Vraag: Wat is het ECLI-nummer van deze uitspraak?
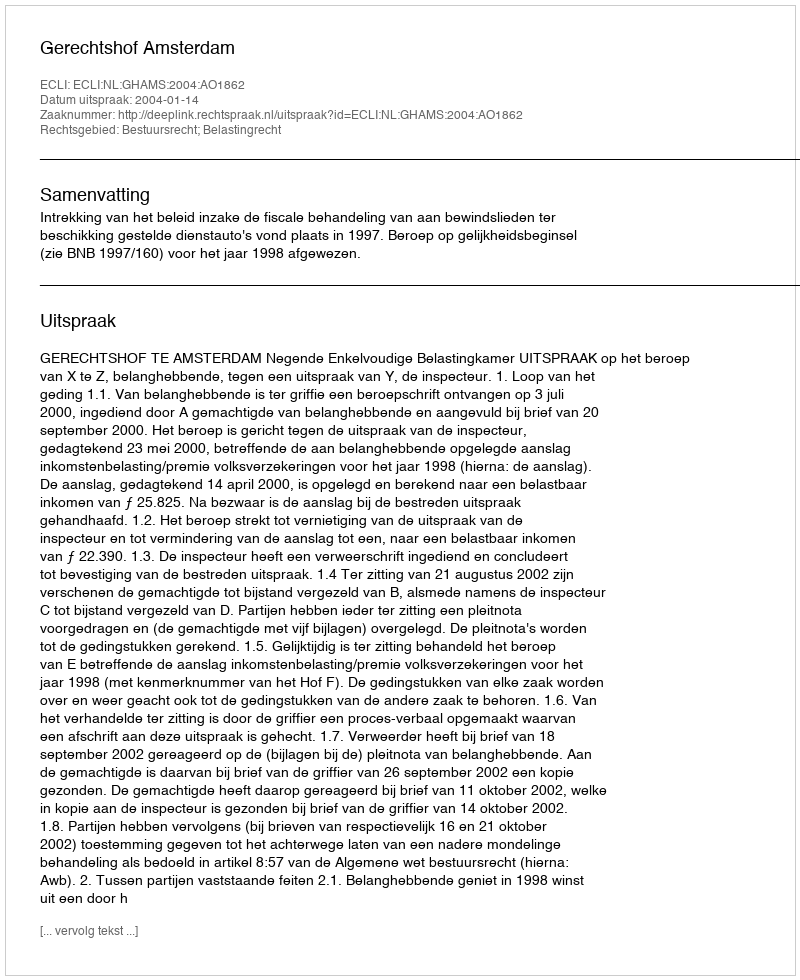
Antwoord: ECLI:NL:GHAMS:2004:AO1862